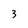
Character: 3